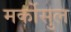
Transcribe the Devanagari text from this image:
मर्कोसुल